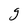
Character: g